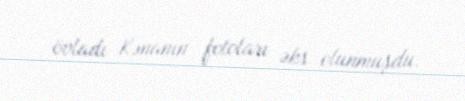
övladı Kənanın fotoları əks olunmuşdu.